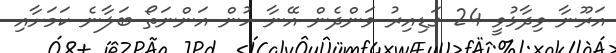
އަރޫނާ ވިދާޅުވީ 24 ގަޑިއިރު ވަންދެން އޭނާ ހުން އަންނަތޯ ބަލާނެ ކަމަށާއި